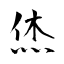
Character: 烋